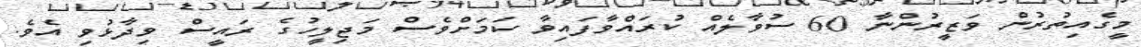
މީގެއިތުރުން ވަޒީރުންނާ 60 ސުވާލެއް ކުރައްވާފައިވާ ކަމަށްވެސް މަޖިލީހުގެ ރައީސް ވިދާޅުވި އެވެ.